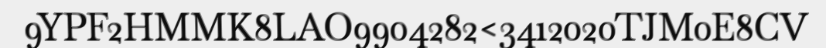
9YPF2HMMK8LAO9904282<3412020TJM0E8CV